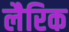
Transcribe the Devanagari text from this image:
लैरिक